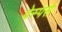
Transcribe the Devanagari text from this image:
वेस्पर्स